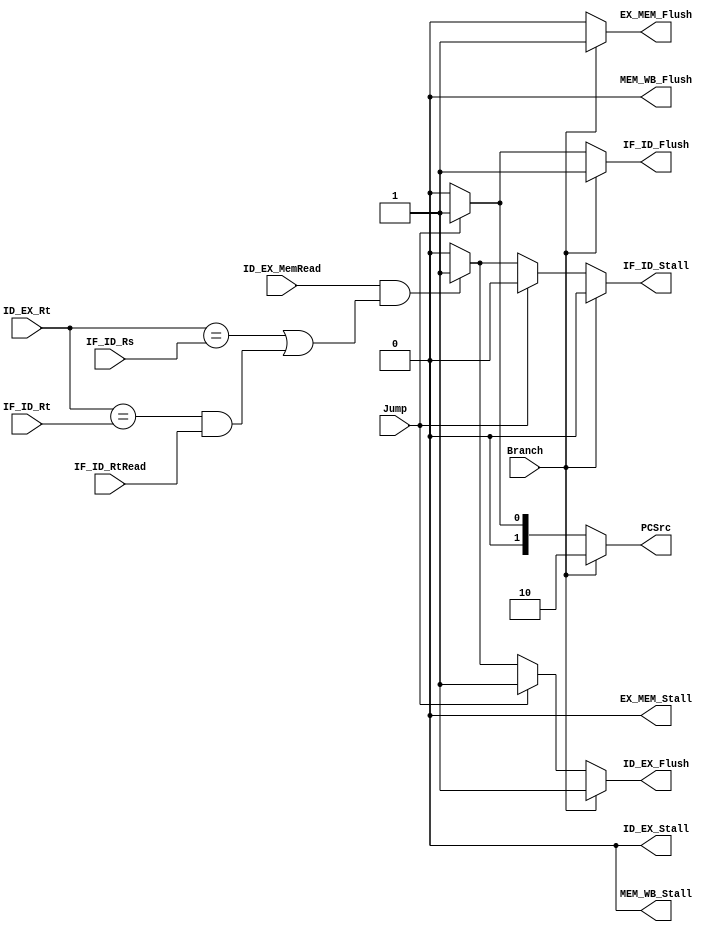
// 
module HazardDetection(
	input [4:0] IF_ID_Rt, IF_ID_Rs,
	input IF_ID_RtRead,
	input Jump,
	input ID_EX_MemRead,
	input [4:0] ID_EX_Rt,
	input Branch,
	output reg [1:0] PCSrc,
	output reg IF_ID_Stall, IF_ID_Flush,
	output reg ID_EX_Stall, ID_EX_Flush,
	output reg MEM_WB_Stall, MEM_WB_Flush,
	output reg EX_MEM_Stall, EX_MEM_Flush 
);

	wire LoadUse = ID_EX_MemRead && ((ID_EX_Rt==IF_ID_Rs) || (ID_EX_Rt==IF_ID_Rt && IF_ID_RtRead));
	
	/* This pins are not used in this project */
	initial
	begin
		ID_EX_Stall <= 1'b0;
		MEM_WB_Flush <= 1'b0;
		EX_MEM_Stall <= 1'b0;
		MEM_WB_Stall <= 1'b0;
		IF_ID_Flush <= 1'b0;
		IF_ID_Stall <= 1'b0;
		ID_EX_Flush <= 1'b0;
		EX_MEM_Flush <= 1'b0;
		PCSrc <= 1'b0;
	end
	
	always @(*)
	begin
		if (Branch)	 // Branch
		begin
			IF_ID_Flush <= 1'b1;
			IF_ID_Stall <= 1'b0;
			ID_EX_Flush <= 1'b1;
			EX_MEM_Flush <= 1'b1;
			PCSrc <= 2'd2;
		end
		else if (Jump) // Jump
		begin
			IF_ID_Flush <= 1'b1;
			IF_ID_Stall <= 1'b0;
			ID_EX_Flush <= 1'b1;
			EX_MEM_Flush <= 1'b0;
			PCSrc <= 2'd1;
		end
		else if (LoadUse) // load-use
		begin
			IF_ID_Flush <= 1'b0;
			ID_EX_Flush <= 1'b1;
			IF_ID_Stall <= 1'b1;
			EX_MEM_Flush <= 1'b0;
			PCSrc <= 2'd0; 
		end
		else
		begin
			IF_ID_Flush <= 1'b0;
			IF_ID_Stall <= 1'b0;
			ID_EX_Flush <= 1'b0;
			EX_MEM_Flush <= 1'b0;
			PCSrc <= 1'b0;
		end
	end
endmodule